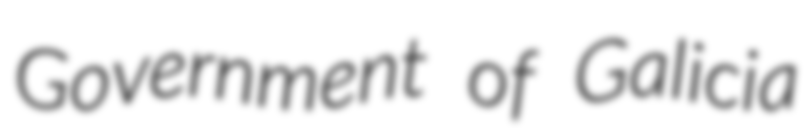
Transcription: Government of Galicia